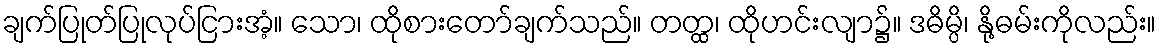
ချက်ပြုတ်ပြုလုပ်ငြားအံ့။ သော၊ ထိုစားတော်ချက်သည်။ တတ္ထ၊ ထိုဟင်းလျာ၌။ ဒဓိမ္ပိ၊ နို့ဓမ်းကိုလည်း။